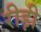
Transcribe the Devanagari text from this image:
रीड़ी